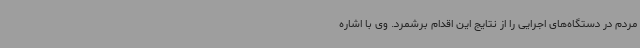
مردم در دستگاه‌های اجرایی را از نتایج این اقدام برشمرد. وی با اشاره